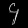
Digit: ၄